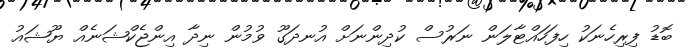
ބޮޑު ފިރިހެނަކު ހިފަހައްޓާލަން ނަރުސް ކުދިންނަށް އުނދަގޫ ވުމުން ނިދާ އިންޖެކްޝަނެއް ޔޫޝައު